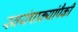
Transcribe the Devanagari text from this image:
स्वयंपाक्यांपैकी